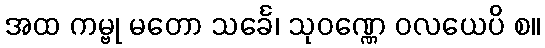
အထ ကမ္ဗု မတော သင်္ခေ၊ သုဝဏ္ဏေ ဝလယေပိ စ။